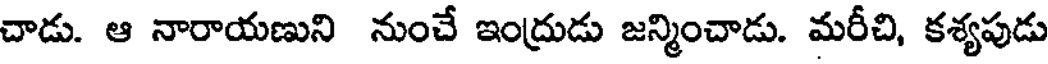
చాడు. ఆ నారాయణుని నుంచే ఇంద్రుడు జన్మించాడు. మరీచి, కశ్యపుడు